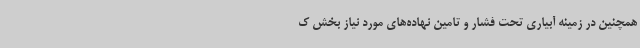
همچنین در زمینه آبیاری تحت فشار و تامین نهاده‌های مورد نیاز بخش ک